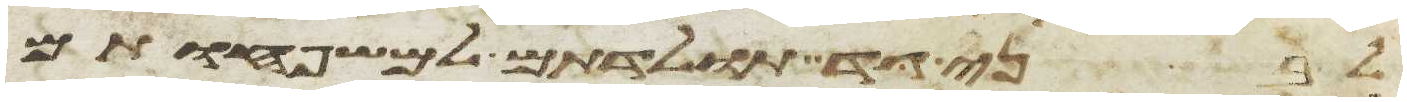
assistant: לבני גד תולדתם למשפחותם